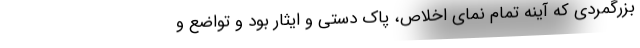
بزرگمردی که آینه تمام نمای اخلاص،‌ پاک دستی و ایثار بود و تواضع و